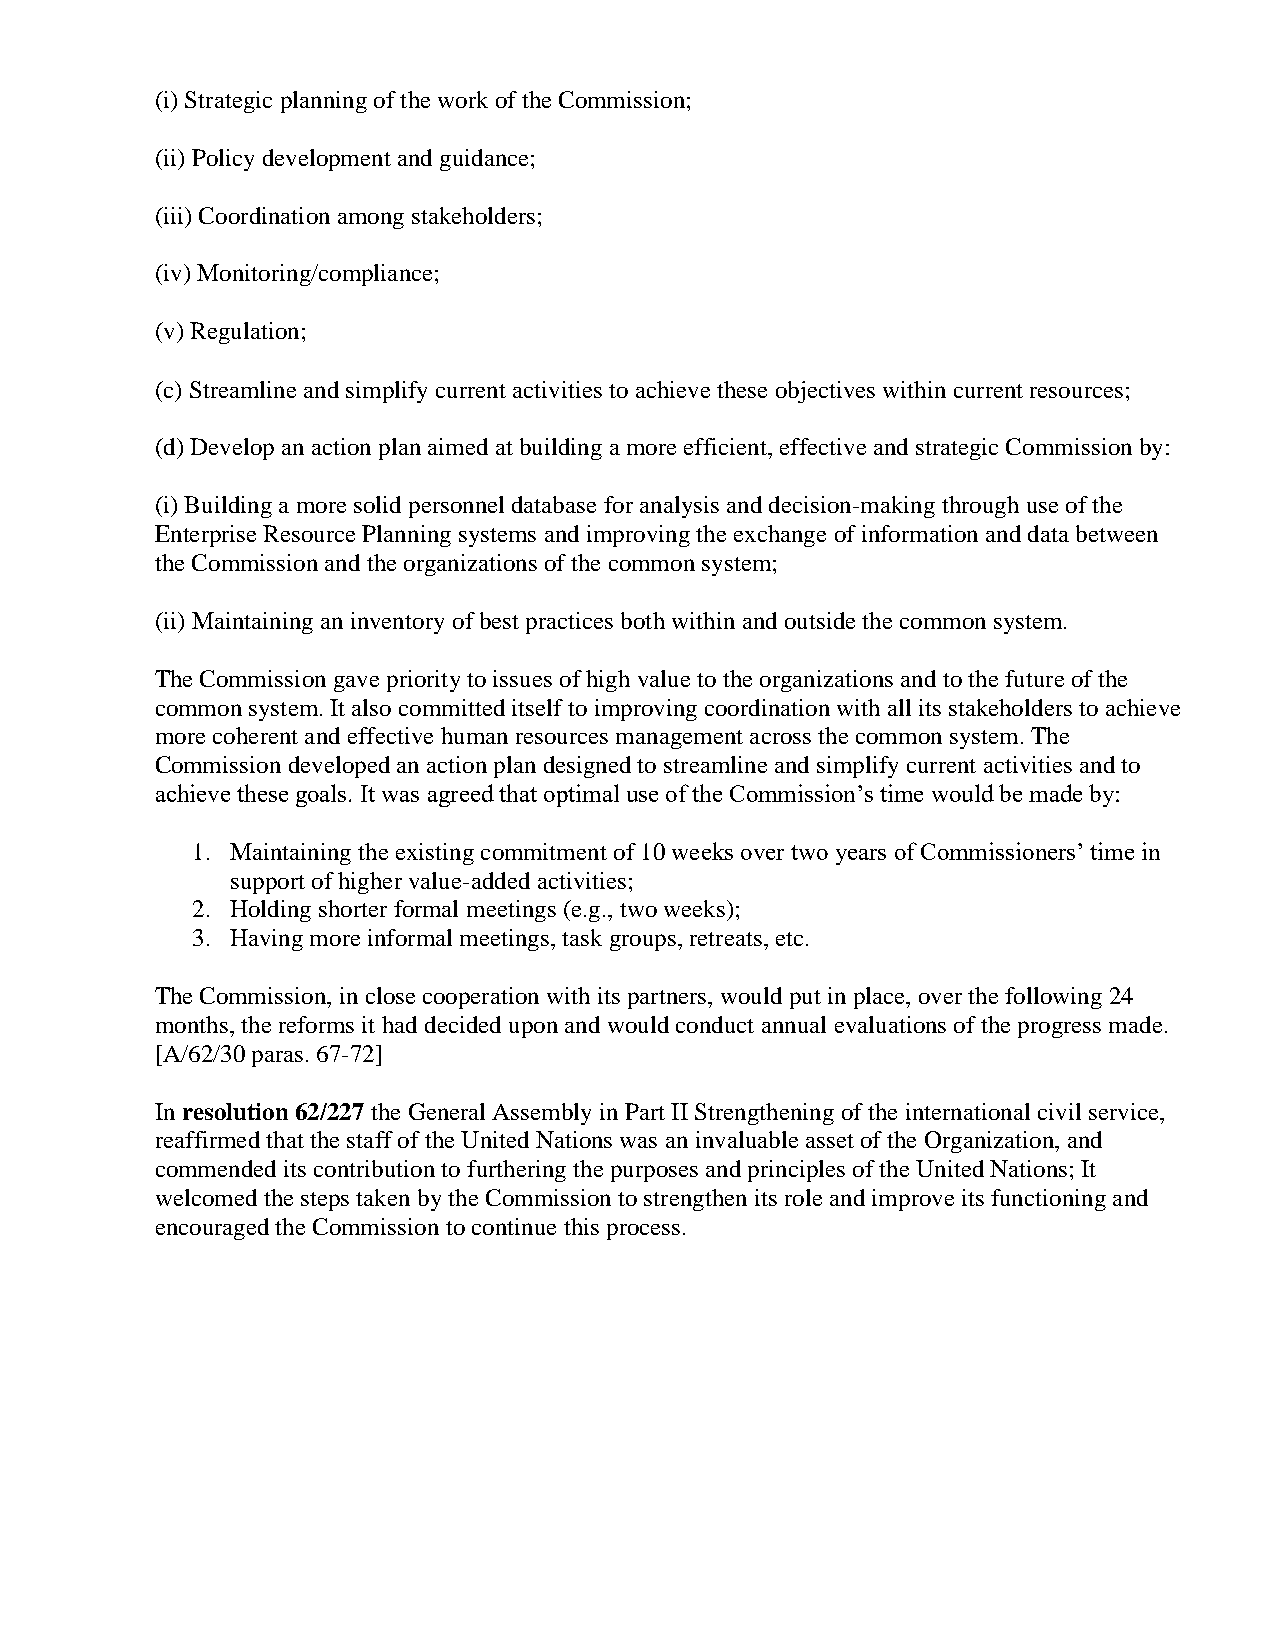
(i) Strategic planning of the work of the Commission;
 (ii) Policy development and guidance;
 (iii) Coordination among stakeholders;
 (iv) Monitoring/compliance;
 (v) Regulation;
 (c) Streamline and simplify current activities to achieve these objectives within current resources;
 (d) Develop an action plan aimed at building a more efficient, effective and strategic Commission by:
 (i) Building a more solid personnel database for analysis and decision-making through use of the
 Enterprise Resource Planning systems and improving the exchange of information and data between
 the Commission and the organizations of the common system;
 (ii) Maintaining an inventory of best practices both within and outside the common system.
 The Commission gave priority to issues of high value to the organizations and to the future of the
 common system. It also committed itself to improving coordination with all its stakeholders to achieve
 more coherent and effective human resources management across the common system. The
 Commission developed an action plan designed to streamline and simplify current activities and to
 achieve these goals. It was agreed that optimal use of the Commission’s time would be made by:
 1. Maintaining the existing commitment of 10 weeks over two years of Commissioners’ time in
 support of higher value-added activities;
 2. Holding shorter formal meetings (e.g., two weeks);
 3. Having more informal meetings, task groups, retreats, etc.
 The Commission, in close cooperation with its partners, would put in place, over the following 24
 months, the reforms it had decided upon and would conduct annual evaluations of the progress made.
 [A/62/30 paras. 67-72]
 In resolution 62/227 the General Assembly in Part II Strengthening of the international civil service,
 reaffirmed that the staff of the United Nations was an invaluable asset of the Organization, and
 commended its contribution to furthering the purposes and principles of the United Nations; It
 welcomed the steps taken by the Commission to strengthen its role and improve its functioning and
 encouraged the Commission to continue this process.